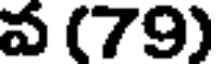
వ (79)